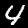
Digit: 4